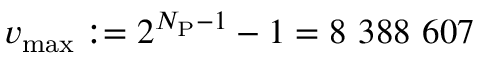
v _ { \mathrm { m a x } } : = 2 ^ { N _ { \mathrm { P } } - 1 } - 1 = 8 ~ 3 8 8 ~ 6 0 7